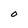
Character: O